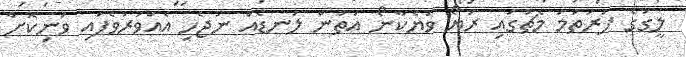
ލީގުގެ ފުރަތަމަ މެޗުގައި ރަޔޯ ވަޔެކާނޯ އަތުން ލަނޑެއް ނުޖެހި އެއްވަރުވެފައި ވަނިކޮށް